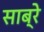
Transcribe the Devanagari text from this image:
साब्रे